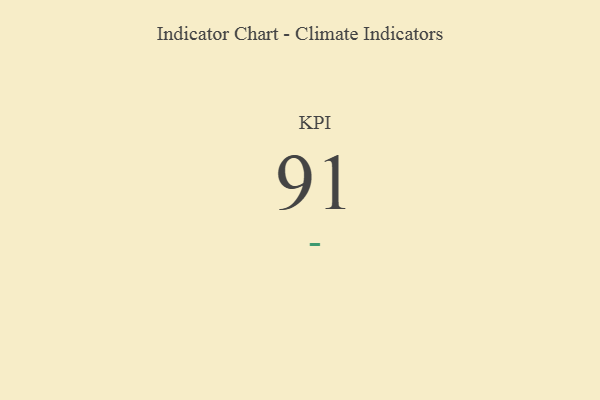
{"axis": {"x": "KPI", "y": "Value"}, "legend": [""], "data": [{"x": "KPI", "y": 91, "type": ""}]}